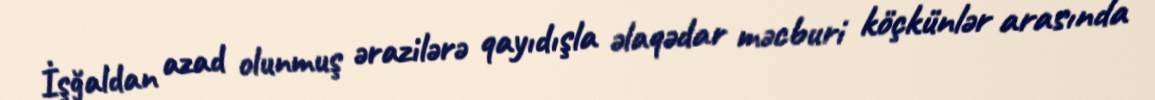
İşğaldan azad olunmuş ərazilərə qayıdışla əlaqədar məcburi köçkünlər arasında